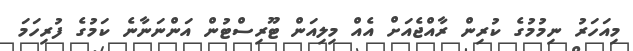
މިއަހަރު ނިމުމުގެ ކުރިން ރާއްޖެއަށް އެއް މިލިއަން ޓޫރިސްޓުން އަންނަނާނެ ކަމުގެ ފުރިހަމަ